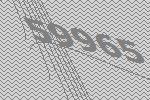
59965